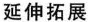
延伸拓展